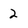
Character: 2